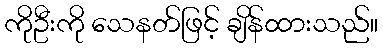
ကိုဦးကို သေနတ်ဖြင့် ချိန်ထားသည်။